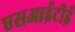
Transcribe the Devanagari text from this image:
एसआईटीई